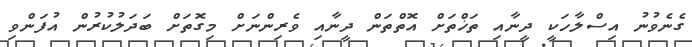
ގެނެވުނު އިސްލާހަކީ ދީނާއި ތަޚްތަށް އޮތްތަން ދީނާއި ވެރިންނަށް މިގޮތަށް ބަދަލުކުރުން އުފަންވި